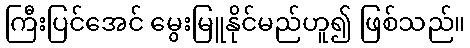
ကြီးပြင်အေင် မွေးမြူနိုင်မည်ဟူ၍ ဖြစ်သည်။